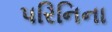
પરિનિના